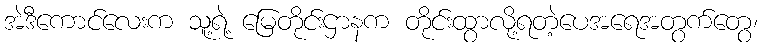
အဲဒီကောင်လေးက သူ့ရဲ့ မြေတိုင်းဌာနက တိုင်းထွာလို့ရတဲ့ပေအရေအတွက်တွေ၊